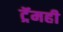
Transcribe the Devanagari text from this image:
ट्रॅमही